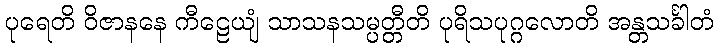
ပုရေတိ ဝိဇာနနေ ကီဠေယျံ သာသနသမ္ပတ္တီတိ ပုရိသပုဂ္ဂလောတိ အန္တသင်္ခါတံ